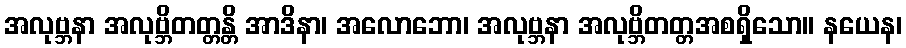
အလုဗ္ဘနာ အလုဗ္ဘိတတ္တန္တိ အာဒိနာ၊ အလောဘော၊ အလုဗ္ဘနာ အလုဗ္ဘိတတ္တအစရှိသော။ နယေန၊